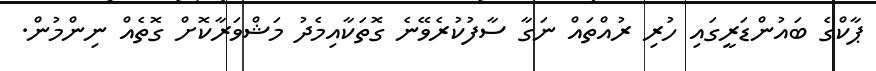
ޕާކްގެ ބައުންޑަރީގައި ހުރި ރުއްތައް ނަގާ ސާފުކުރެވޭނެ ގޮތަކާއިމެދު މަޝްވަރާކޮށް ގޮތެއް ނިންމުން.